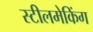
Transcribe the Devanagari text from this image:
स्टीलमेकिंग